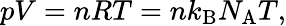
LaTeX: pV=nRT=nk_{\mathrm{B}}N_{\mathrm{A}}T,